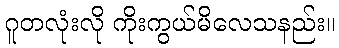
ဂူတလုံးလို ကိုးကွယ်မိလေသနည်း။